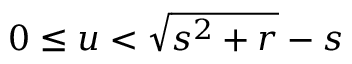
0 \leq u < \sqrt { s ^ { 2 } + r } - s